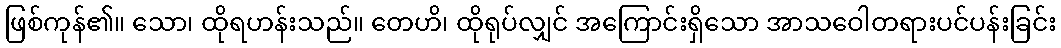
ဖြစ်ကုန်၏။ သော၊ ထိုရဟန်းသည်။ တေဟိ၊ ထိုရုပ်လျှင် အကြောင်းရှိသော အာသဝေါတရားပင်ပန်းခြင်း